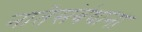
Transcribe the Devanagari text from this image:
नातेसंबंधाना